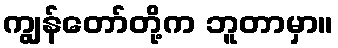
ကျွန်တော်တို့က ဘူတာမှာ။